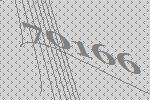
70166